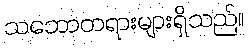
သဘောတရားများရှိသည်။